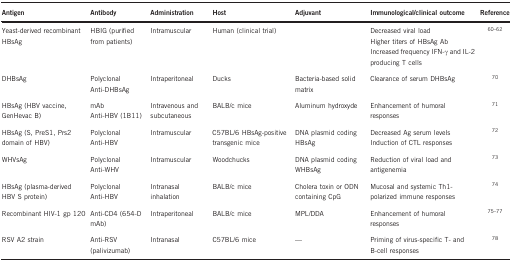
<table><thead><tr><td><b>Antigen</b></td><td><b>Antibody</b></td><td><b>Administration</b></td><td><b>Host</b></td><td><b>Adjuvant</b></td><td><b>Immunological/clinical outcome</b></td><td><b>Reference</b></td></tr></thead><tbody><tr><td>Yeast-derived recombinant HBsAg</td><td>HBIG (purified from patients)</td><td>Intramuscular</td><td>Human (clinical trial)</td><td>[EMPTY_CELL]</td><td>Decreased viral loadHigher titers of HBsAg AbIncreased frequency IFN-γ and IL-2 producing T cells</td><td><sup>60, 61, 62</sup></td></tr><tr><td>DHBsAg</td><td>PolyclonalAnti-DHBsAg</td><td>Intraperitoneal</td><td>Ducks</td><td>Bacteria-based solid matrix</td><td>Clearance of serum DHBsAg</td><td><sup>70</sup></td></tr><tr><td>HBsAg (HBV vaccine, GenHevac B)</td><td>mAbAnti-HBV (1B11)</td><td>Intravenous and subcutaneous</td><td>BALB/c mice</td><td>Aluminum hydroxyde</td><td>Enhancement of humoral responses</td><td><sup>71</sup></td></tr><tr><td>HBsAg (S, PreS1, Prs2 domain of HBV)</td><td>PolyclonalAnti-HBV</td><td>Intramuscular</td><td>C57BL/6 HBsAg-positive transgenic mice</td><td>DNA plasmid coding HBsAg</td><td>Decreased Ag serum levelsInduction of CTL responses</td><td><sup>72</sup></td></tr><tr><td>WHVsAg</td><td>PolyclonalAnti-WHV</td><td>Intramuscular</td><td>Woodchucks</td><td>DNA plasmid coding WHBsAg</td><td>Reduction of viral load and antigenemia</td><td><sup>73</sup></td></tr><tr><td>HBsAg (plasma-derived HBV S protein)</td><td>PolyclonalAnti-HBV</td><td>Intranasal inhalation</td><td>BALB/c mice</td><td>Cholera toxin or ODN containing CpG</td><td>Mucosal and systemic Th1-polarized immune responses</td><td><sup>74</sup></td></tr><tr><td>Recombinant HIV-1 gp 120</td><td>Anti-CD4 (654-D mAb)</td><td>Intraperitoneal</td><td>BALB/c mice</td><td>MPL/DDA</td><td>Enhancement of humoral responses</td><td><sup>75, 76, 77</sup></td></tr><tr><td>RSV A2 strain</td><td>Anti-RSV (palivizumab)</td><td>Intranasal</td><td>C57BL/6 mice</td><td>—</td><td>Priming of virus-specific T- and B-cell responses</td><td><sup>78</sup></td></tr></tbody></table>